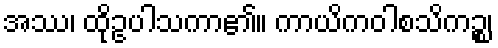
အဿ၊ ထိုဥပါသကာ၏။ ကာယိကဝါစသိကဉ္စ၊